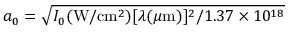
a _ { 0 } = \sqrt { I _ { 0 } ( \mathrm { W } / \mathrm { c m } ^ { 2 } ) [ \lambda ( \mu \mathrm { m } ) ] ^ { 2 } / 1 . 3 7 \times 1 0 ^ { 1 8 } }